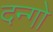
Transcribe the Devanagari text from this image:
दन्गो